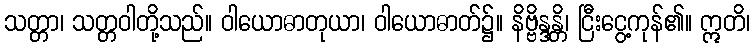
သတ္တာ၊ သတ္တဝါတို့သည်။ ဝါယောဓာတုယာ၊ ဝါယောဓာတ်၌။ နိဗ္ဗိန္ဒန္တိ၊ ငြီးငွေ့ကုန်၏။ ဣတိ၊